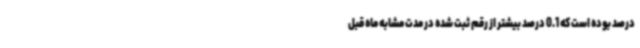
درصد بوده است که 0.1 درصد بیشتر از رقم ثبت شده در مدت مشابه ماه قبل